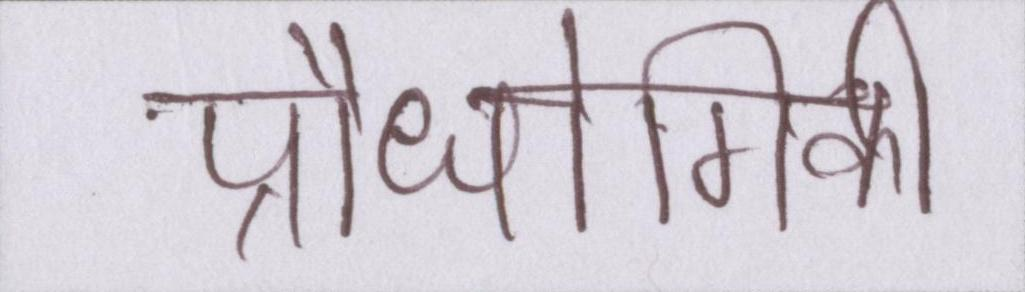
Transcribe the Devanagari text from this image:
प्रौधोगिकी